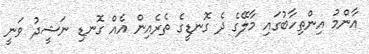
އާންމު އިންތިހާބުގައި މާލޭގެ ދެ ގޮނޑީގެ ތެރެއިން އެއް ގޮނޑި ނަޝީދު ވަނީ